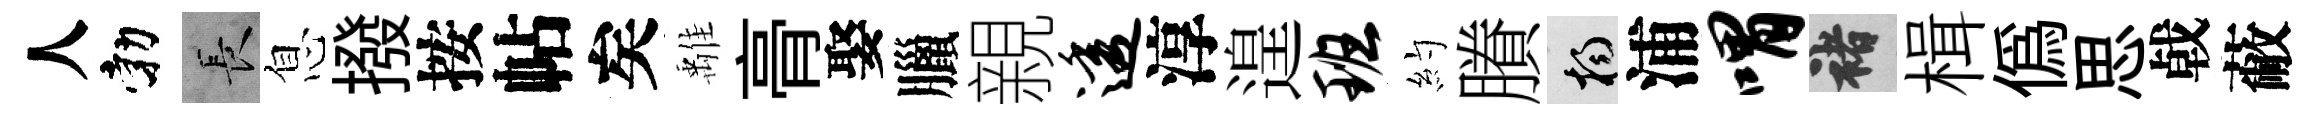
人勃长息撥按帖矣𩀌𮌔娶臘親透淳遑班約賸楊浦喟褚楫偽思㦸蔽